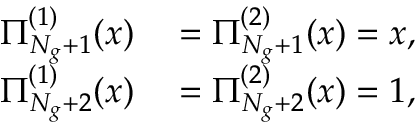
\begin{array} { r l } { \Pi _ { N _ { g } + 1 } ^ { ( 1 ) } ( x ) } & { { } = \Pi _ { N _ { g } + 1 } ^ { ( 2 ) } ( x ) = x , } \\ { \Pi _ { N _ { g } + 2 } ^ { ( 1 ) } ( x ) } & { { } = \Pi _ { N _ { g } + 2 } ^ { ( 2 ) } ( x ) = 1 , } \end{array}